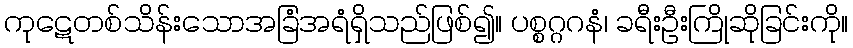
ကုဋေတစ်သိန်းသောအခြံအရံရှိသည်ဖြစ်၍။ ပစ္စဂ္ဂဂနံ၊ ခရီးဦးကြိုဆိုခြင်းကို။